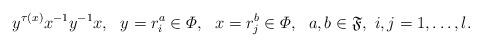
LaTeX: \begin{align*}y^{\tau(x)} x^{-1} y^{-1} x,\ \ y= r_i^a \in \varPhi,\ \ x= r_j^b\in \varPhi,\ \ a, b \in \mathfrak F,\ i,j = 1, \ldots, l.\end{align*}